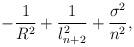
LaTeX: \begin{align*} -\frac{1}{R^2}+\frac{1}{l_{n+2}^2} +\frac{\sigma^2}{n^2},\end{align*}